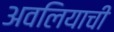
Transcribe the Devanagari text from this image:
अवलियाची